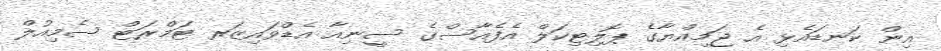
އިން ކަނޑައެޅި އެ ޖަމިއްޔާގެ ޕޮލިޓިކަލް އެފެއާސްގެ ސީނިއާ އެޑްވައިޒަރ ޓަމްރަޓް ސެމިއުލް